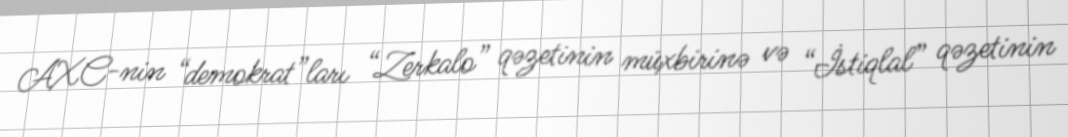
AXC-nin “demokrat”ları “Zerkalo” qəzetinin müxbirinə və “İstiqlal” qəzetinin